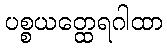
ပစ္စယတ္ထေရဂါထာ